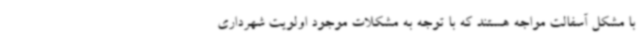
با مشکل آسفالت مواجه هستند که با توجه به مشکلات موجود اولویت شهرداری